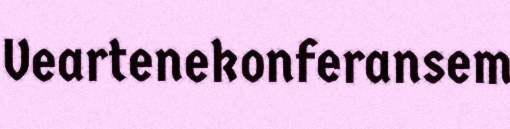
Veartenekonferansem